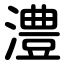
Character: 澧